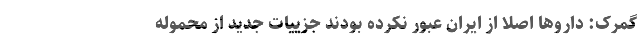
گمرک: داروها اصلا از ایران عبور نکرده بودند جزییات جدید از محموله